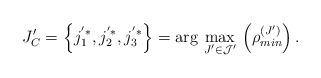
LaTeX: \begin{align*}J'_{C}=\left\{ j_{1}^{'*},j_{2}^{'*},j_{3}^{'*}\right\} =\arg\,\max_{J'\in\mathcal{J}'}\,\left(\rho_{min}^{\left(J'\right)}\right).\end{align*}